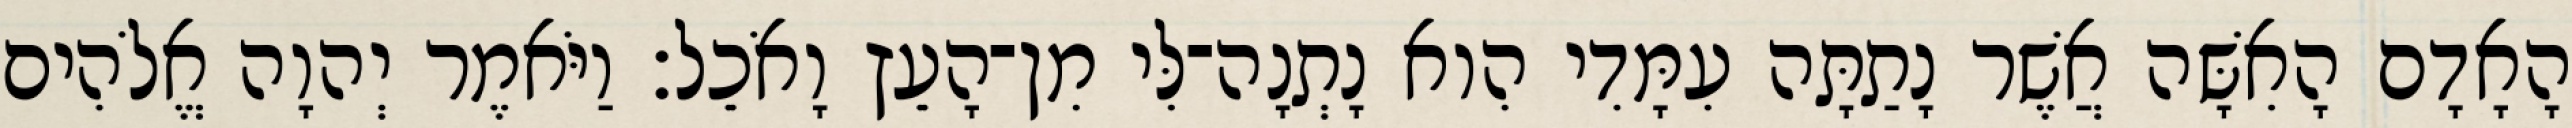
הָאָדָם הָאִשָּׁה אֲשֶׁר נָתַתָּה עִמָּדִי הִוא נָתְנָה־לִּי מִן־הָעֵץ וָאֹכֵל׃ וַיֹּאמֶר יְהוָה אֱלֹהִים